Leaving Certificate, 1900
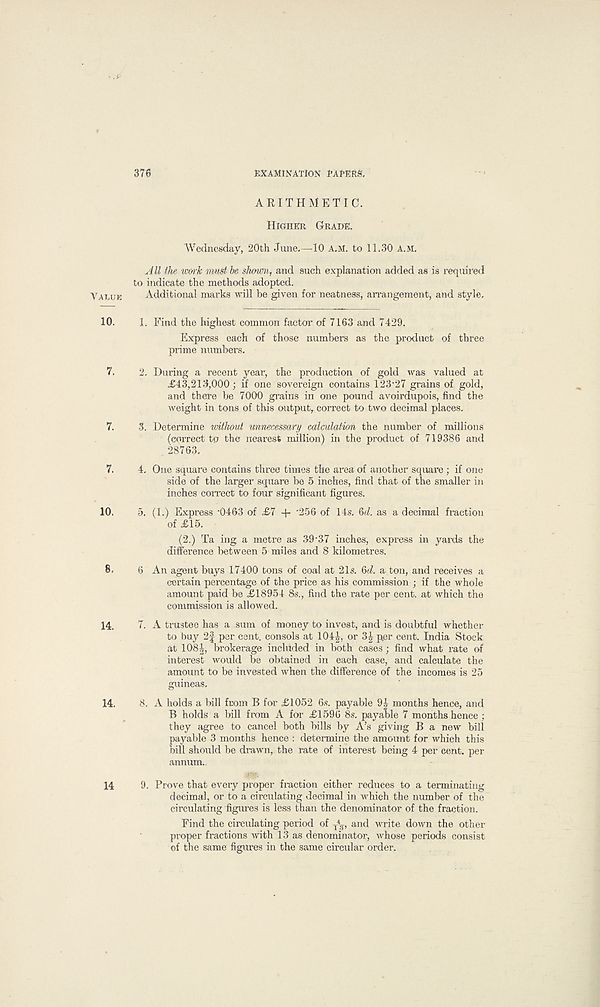
376
EXAMINATION PAPERS.
ALUE
10.
7.
7.
7.
10.
8.
14.
14.
14
ARITHMETIC.
Higher Grade.
Wednesday, 20th June.—10 A.M. to 11.30 A.M.
All the work must he shown, and such explanation added as is required
to indicate the methods adopted.
Additional marks will be given for neatness, arrangement, and style.
1. Find the highest common factor of 7163 and 7429.
Express each of those numbers as the product of three
prime numbers.
2. During a recent year, the production of gold was valued at
<£43,213,000; if one sovereign contains 123'27 grains of gold,
and there be 7000 grains in one pound avoirdupois, find the
weight in tons of this output, correct to two decimal places.
3. Determine without unnecessary calculation the number of millions
(correct to the nearest million) in the product of 719386 and
. 28763.
4. One square contains three times the area of another square ; if one
side of the larger square be 5 inches, find that of the smaller in
inches correct to four significant figures.
5. (1.) Express -0463 of £7 + '256 of 14s. 6d. as a decimal fraction
of £15.
(2.) Ta ing a metre as 39'37 inches, express in yards the
difference between 5 miles and 8 kilometres.
6 An agent buys 17400 tons of coal at 21s. 6d. a ton, and receives a
certain percentage of the price as his commission ; if the whole
amount paid be £18954 8s., find the rate per cent, at which the
commission is allowed.
7. A trustee has a sum of money to invest, and is doubtful whether
to buy 2f per cent, consols at 104£, or 3^ per cent. India Stock
at 108|-, brokerage included in both cases; find what rate of
interest would be obtained in each case, and calculate the
amount to be invested when the difference of the incomes is 25
guineas.
8. A holds a bill from B for £1052 6s. payable 9£ months hence, and
B holds a bill from A for £1596 8s. payable 7 months hence ;
they agree to cancel both bills by A’s giving B a new bill
payable 3 months hence : determine the amount for which this
bill should be drawn, the rate of interest being 4 per cent, per
annum.
9. Prove that every proper fraction either reduces to a terminating
decimal, or to a circulating decimal in which the number of the
circulating figures is less than the denominator of the fraction.
Find the circulating period of T
4^, and write down the other
proper fractions with 13 as denominator, whose periods consist
of the same figures in the same circular order.